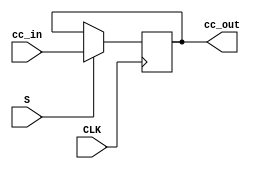
module sr_subregister(output reg [3:0] cc_out, input [3:0] cc_in, input S, input CLK);

    always @ (posedge CLK)
    begin
        if (S)
            cc_out <= cc_in;
    end

endmodule

module tester;

wire [3:0] cc_out;
reg [3:0] cc_in;
reg S;
reg CLK;

sr_subregister intermediate_reg (.cc_out(cc_out), .cc_in(cc_in), .S(S), .CLK(CLK));

    always begin
        #2;
        CLK <= ~CLK;
    end

    always begin
        #2;
        S <= ~S;
    end

    initial begin
      CLK = 1'b0;
      S = 1'b0;
      #10;
      cc_in = 4'b0001;
      $monitor ("Here's CC: %b, %b, %b", cc_out, S, CLK);
      $finish;
    end
endmodule